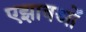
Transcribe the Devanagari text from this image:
एझावओं